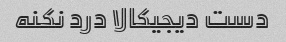
دست دیجیکالا درد نکنه